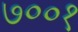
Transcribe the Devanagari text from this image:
७००१